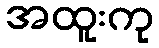
အထူးကု